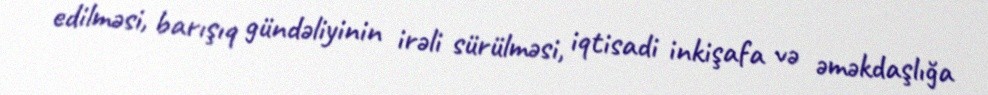
edilməsi, barışıq gündəliyinin irəli sürülməsi, iqtisadi inkişafa və əməkdaşlığa